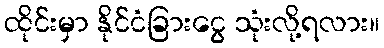
ထိုင်းမှာ နိုင်ငံခြားငွေ သုံးလို့ရလား။